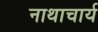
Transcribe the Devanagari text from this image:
नाथाचार्य